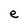
Character: e